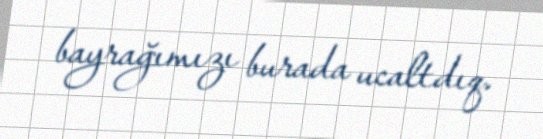
bayrağımızı burada ucaltdıq.